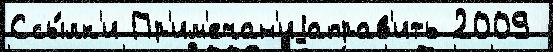
Ссы́лк'и Пр'им'ечан'иjаправ'ить 2009